Statistical return of the lunatic asylum in Assam - 1912-1932
Year: 1912
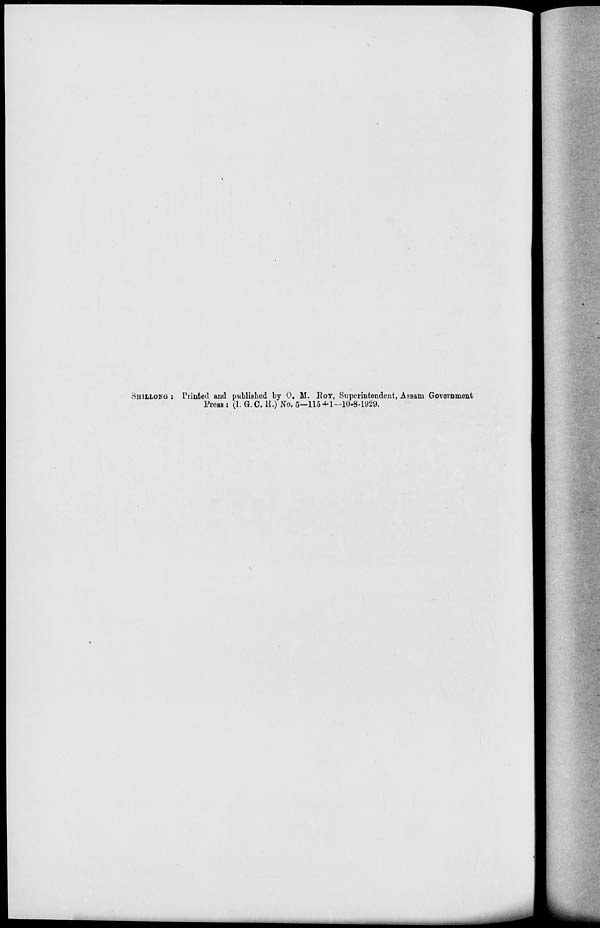
SHILIOKG : Printed and published by 0. M. EOT, Superintendent, Assam Government
Press : (I. G.C. H.) No. 5-115-*-1-10-8-1929.